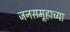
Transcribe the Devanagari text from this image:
जनसमूहाच्या